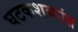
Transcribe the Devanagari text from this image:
घटकशब्दांत